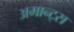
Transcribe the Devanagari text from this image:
अमान्ट्स